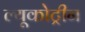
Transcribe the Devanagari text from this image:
ल्यूकोट्रीन